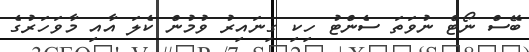
ބޭސް ނޯޓް ނުވަތަ ސެންޓު ހިކި ގިނައިރު ވުމުން ކެލަ އާއި މާވަހަރުގެ